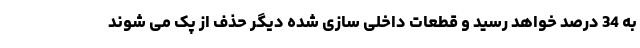
به 34 درصد خواهد رسید و قطعات داخلی سازی شده دیگر حذف از پک می شوند